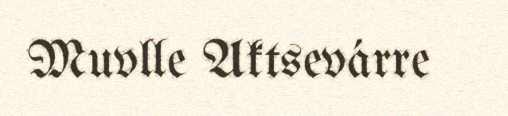
Muvlle Aktsevárre